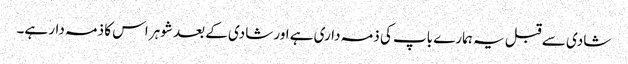
شادی سے قبل یہ ہمارے باپ کی ذمہ داری ہے اور شادی کے بعد شوہر اس کا ذمہ دار ہے۔